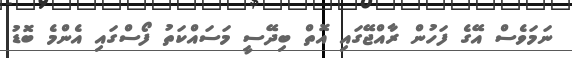
ނަމަވެސް އޭގެ ފަހުން ރާއްޖޭގައި އޮތް ބިދޭސީ މަސައްކަތު ފޯސްގައި އެންމެ ބޮޑު